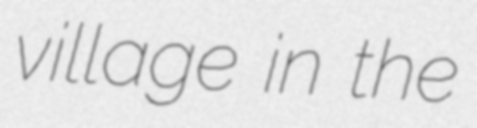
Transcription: village in the